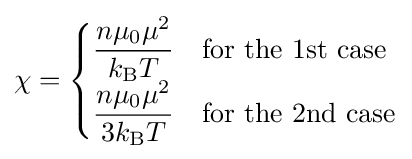
\chi ={\begin{cases}\displaystyle {\frac {n\mu _{0}\mu ^{2}}{k_{\text{B}}T}}&{\text{for the 1st case}}\\\displaystyle {\frac {n\mu _{0}\mu ^{2}}{3k_{\text{B}}T}}&{\text{for the 2nd case}}\end{cases}}